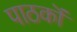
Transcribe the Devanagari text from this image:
पाठकॊं